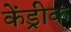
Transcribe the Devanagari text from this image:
केंड्रीक